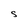
Character: s